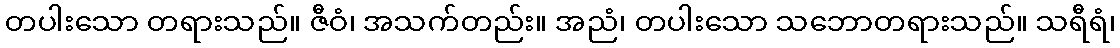
တပါးသော တရားသည်။ ဇီဝံ၊ အသက်တည်း။ အညံ၊ တပါးသော သဘောတရားသည်။ သရီရံ၊